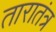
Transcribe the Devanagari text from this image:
तारातंत्र